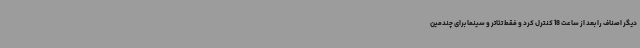
دیگر اصناف را بعد از ساعت 18 کنترل کرد و فقط تئاتر و سینما برای چندمین